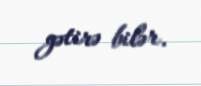
gətirə bilər.